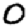
Digit: 0